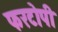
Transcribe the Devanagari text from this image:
फरटोपी